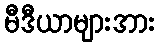
မီဒီယာများအား